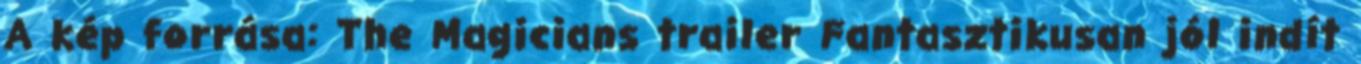
A kép forrása: The Magicians trailer Fantasztikusan jól indít